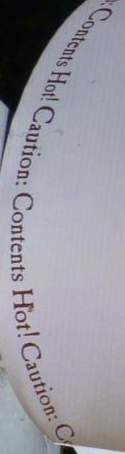
Contents Hot!Caution:Contents Hot!Caution:C